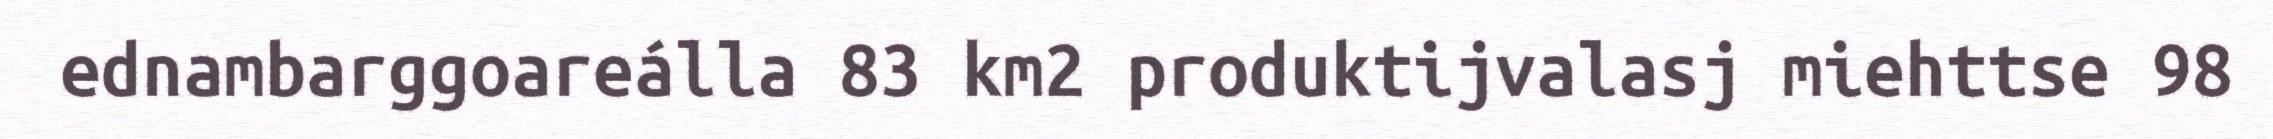
ednambarggoareálla 83 km2 produktijvalasj miehttse 98